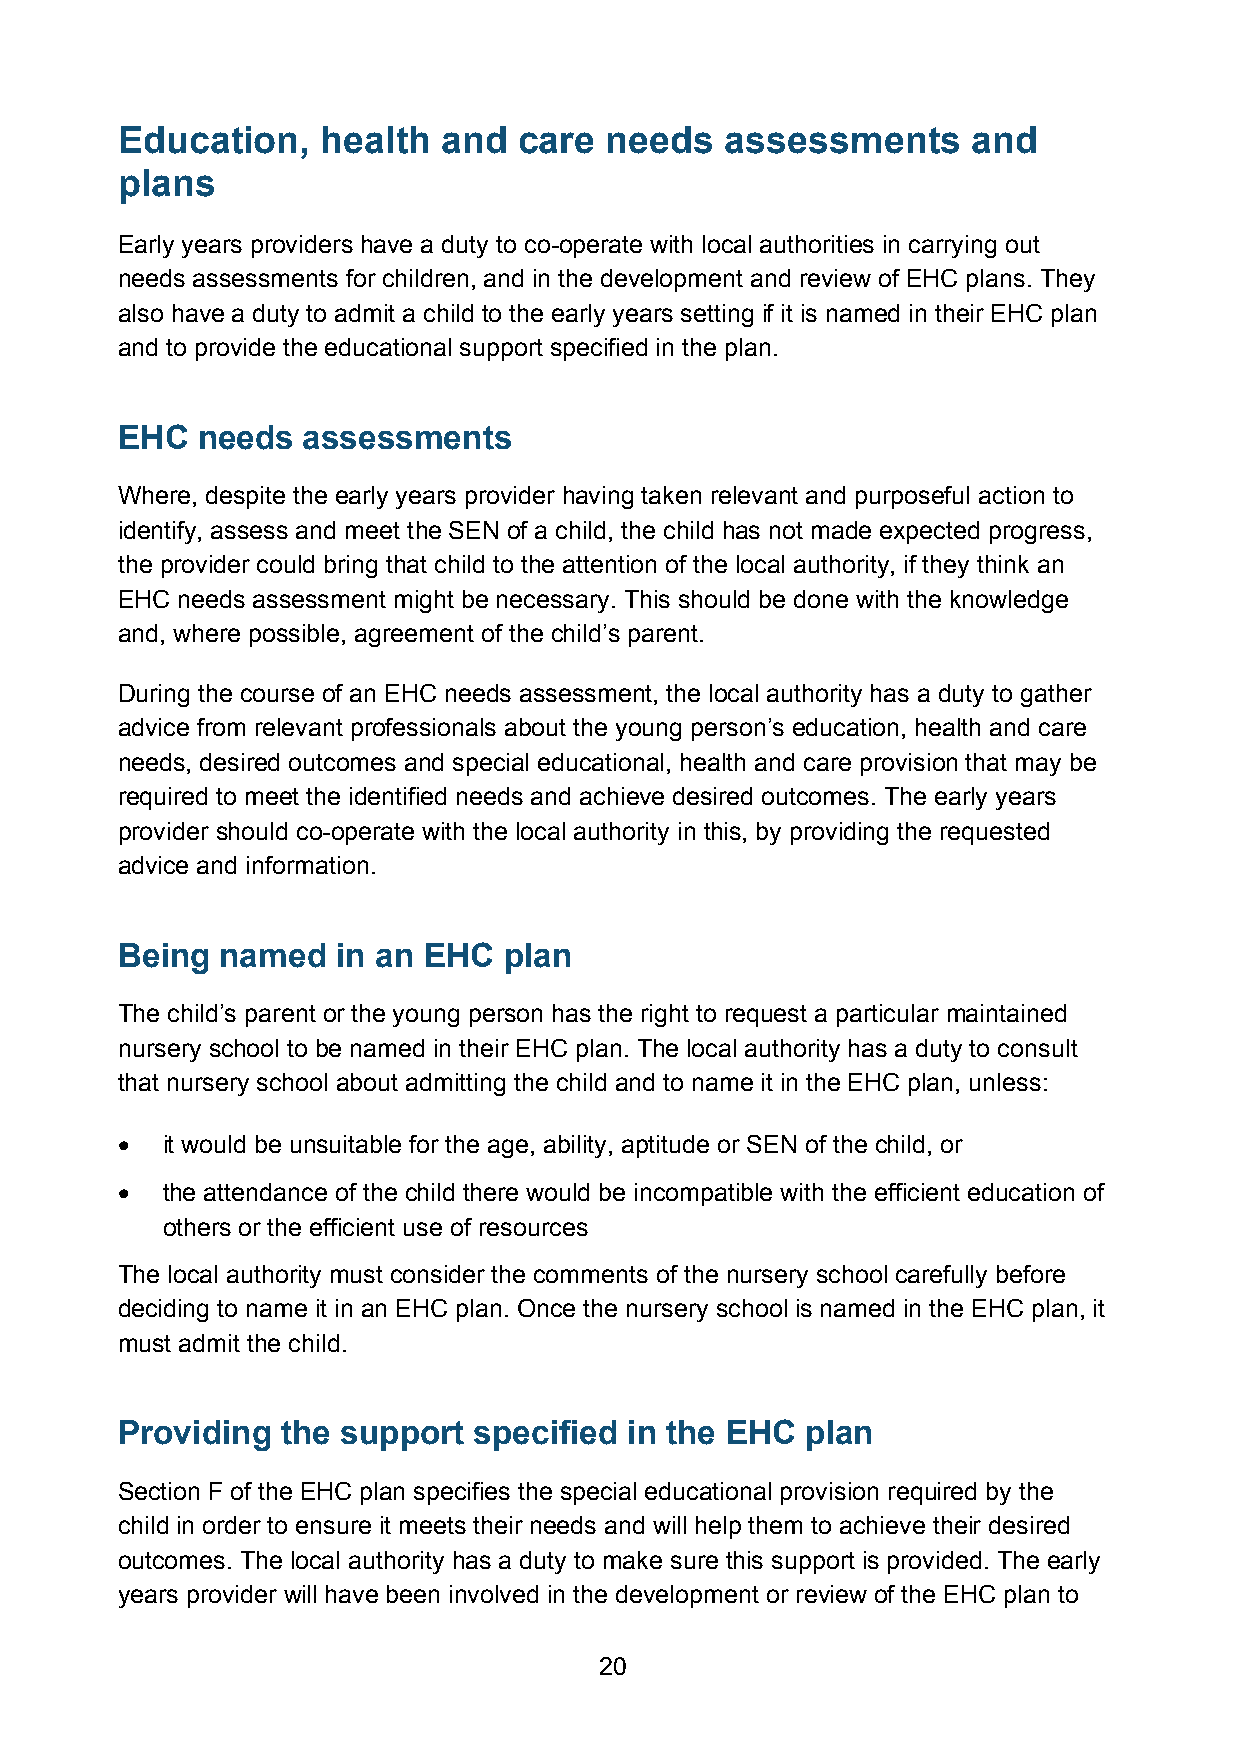
Education,   health  and  care  needs   assessments     and
 plans
 Early years providers have a duty to co-operate with local authorities in carrying out
 needs assessments for children, and in the development and review of EHC plans. They
 also have a duty to admit a child to the early years setting if it is named in their EHC plan
 and to provide the educational support specified in the plan.
 EHC  needs  assessments
 Where, despite the early years provider having taken relevant and purposeful action to
 identify, assess and meet the SEN of a child, the child has not made expected progress,
 the provider could bring that child to the attention of the local authority, if they think an
 EHC needs assessment might be necessary. This should be done with the knowledge
 and, where possible, agreement of the child’s parent.
 During the course of an EHC needs assessment, the local authority has a duty to gather
 advice from relevant professionals about the young person’s education, health and care
 needs, desired outcomes and special educational, health and care provision that may be
 required to meet the identified needs and achieve desired outcomes. The early years
 provider should co-operate with the local authority in this, by providing the requested
 advice and information.
 Being  named  in an EHC  plan
 The child’s parent or the young person has the right to request a particular maintained
 nursery school to be named in their EHC plan. The local authority has a duty to consult
 that nursery school about admitting the child and to name it in the EHC plan, unless:
 •  it would be unsuitable for the age, ability, aptitude or SEN of the child, or
 •  the attendance of the child there would be incompatible with the efficient education of
 others or the efficient use of resources
 The local authority must consider the comments of the nursery school carefully before
 deciding to name it in an EHC plan. Once the nursery school is named in the EHC plan, it
 must admit the child.
 Providing  the support specified  in the EHC plan
 Section F of the EHC plan specifies the special educational provision required by the
 child in order to ensure it meets their needs and will help them to achieve their desired
 outcomes. The local authority has a duty to make sure this support is provided. The early
 years provider will have been involved in the development or review of the EHC plan to
 20